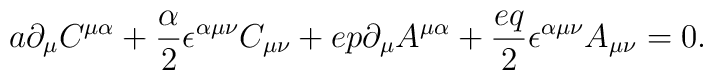
a\partial_\mu C^{\mu\alpha}+{{\alpha }\over 2}\epsilon^{\alpha\mu\nu}C_{\mu\nu}+ep\partial_\mu A^{\mu\alpha}+{{eq}\over 2}\epsilon^{\alpha\mu\nu}A_{\mu\nu}=0.